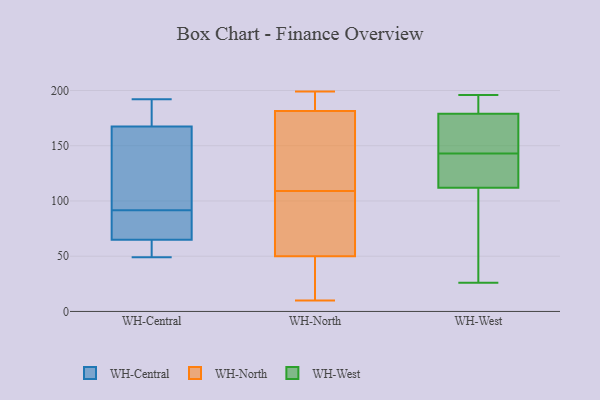
{"axis": {"x": "Active Users", "y": "Value"}, "legend": ["WH-Central", "WH-North", "WH-West"], "data": [{"x": "", "y": 70, "type": "WH-Central"}, {"x": "", "y": 178, "type": "WH-Central"}, {"x": "", "y": 190, "type": "WH-Central"}, {"x": "", "y": 96, "type": "WH-Central"}, {"x": "", "y": 59, "type": "WH-Central"}, {"x": "", "y": 63, "type": "WH-Central"}, {"x": "", "y": 115, "type": "WH-Central"}, {"x": "", "y": 66, "type": "WH-Central"}, {"x": "", "y": 138, "type": "WH-Central"}, {"x": "", "y": 64, "type": "WH-Central"}, {"x": "", "y": 142, "type": "WH-Central"}, {"x": "", "y": 75, "type": "WH-Central"}, {"x": "", "y": 177, "type": "WH-Central"}, {"x": "", "y": 171, "type": "WH-Central"}, {"x": "", "y": 164, "type": "WH-Central"}, {"x": "", "y": 87, "type": "WH-Central"}, {"x": "", "y": 192, "type": "WH-Central"}, {"x": "", "y": 51, "type": "WH-Central"}, {"x": "", "y": 49, "type": "WH-Central"}, {"x": "", "y": 76, "type": "WH-Central"}, {"x": "", "y": 129, "type": "WH-North"}, {"x": "", "y": 16, "type": "WH-North"}, {"x": "", "y": 70, "type": "WH-North"}, {"x": "", "y": 147, "type": "WH-North"}, {"x": "", "y": 193, "type": "WH-North"}, {"x": "", "y": 67, "type": "WH-North"}, {"x": "", "y": 35, "type": "WH-North"}, {"x": "", "y": 195, "type": "WH-North"}, {"x": "", "y": 196, "type": "WH-North"}, {"x": "", "y": 148, "type": "WH-North"}, {"x": "", "y": 10, "type": "WH-North"}, {"x": "", "y": 65, "type": "WH-North"}, {"x": "", "y": 89, "type": "WH-North"}, {"x": "", "y": 170, "type": "WH-North"}, {"x": "", "y": 30, "type": "WH-North"}, {"x": "", "y": 199, "type": "WH-North"}, {"x": "", "y": 134, "type": "WH-West"}, {"x": "", "y": 189, "type": "WH-West"}, {"x": "", "y": 167, "type": "WH-West"}, {"x": "", "y": 26, "type": "WH-West"}, {"x": "", "y": 179, "type": "WH-West"}, {"x": "", "y": 119, "type": "WH-West"}, {"x": "", "y": 129, "type": "WH-West"}, {"x": "", "y": 173, "type": "WH-West"}, {"x": "", "y": 152, "type": "WH-West"}, {"x": "", "y": 195, "type": "WH-West"}, {"x": "", "y": 112, "type": "WH-West"}, {"x": "", "y": 102, "type": "WH-West"}, {"x": "", "y": 196, "type": "WH-West"}, {"x": "", "y": 75, "type": "WH-West"}, {"x": "", "y": 177, "type": "WH-West"}, {"x": "", "y": 113, "type": "WH-West"}, {"x": "", "y": 53, "type": "WH-West"}, {"x": "", "y": 187, "type": "WH-West"}]}